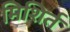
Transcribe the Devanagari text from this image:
मिशिर्त